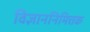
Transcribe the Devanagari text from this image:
विज्ञाननिमित्तक